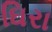
ઘિરા